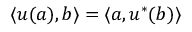
\langle u ( a ) , b \rangle = \langle a , u ^ { * } ( b ) \rangle